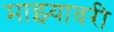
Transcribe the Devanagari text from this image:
माझ्यावरी